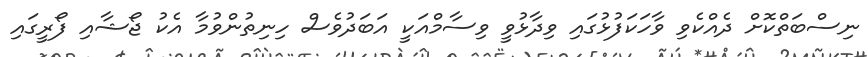
ނިސްބަތްކޮށް ދެއްކެވި ވާހަކަފުޅުގައި ވިދާޅުވީ ވިސާމްއަކީ އަބަދުވެސް ހިނިތުންވުމާ އެކު ޖޯޝާއި ފޯރީގައި